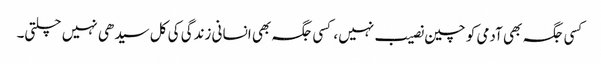
کسی جگہ بھی آدمی کو چین نصیب نہیں، کسی جگہ بھی انسانی زندگی کی کل سیدھی نہیں چلتی۔